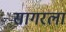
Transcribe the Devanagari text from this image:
सागरला